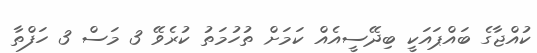
ކުއްޖާގެ ބައްޕައަކީ ބިދޭސީއެއް ކަމަށް ތުހުމަތު ކުރެވޭ 3 މަސް 3 ހަފްތާ